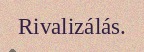
Rivalizálás.